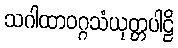
သဂါထာဝဂ္ဂသံယုတ္တပါဠိ